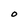
Character: O